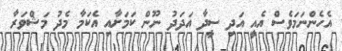
އެހެންނަމަވެސް އެއީ އަދި ސީދާ އަދަދު ނޫން ކަމަށާއި އެކަމާ މެދު މަޝްވަރާ